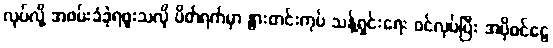
လုပ်လို့ အဖမ်းခံခဲ့ရဖူးသလို ပိတ်ရက်မှာ နွားတင်းကုပ် သန့်ရှင်းရေး ဝင်လုပ်ပြီး အပိုဝင်ငွေ